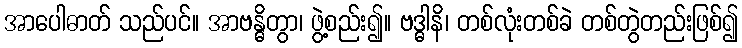
အာပေါဓာတ် သည်ပင်။ အာဗန္ဓိတွာ၊ ဖွဲ့စည်း၍။ ဗဒ္ဓါနိ၊ တစ်လုံးတစ်ခဲ တစ်တွဲတည်းဖြစ်၍